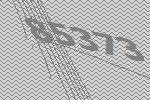
85373